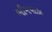
ભીમપાડા